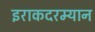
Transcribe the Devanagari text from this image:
इराकदरम्यान